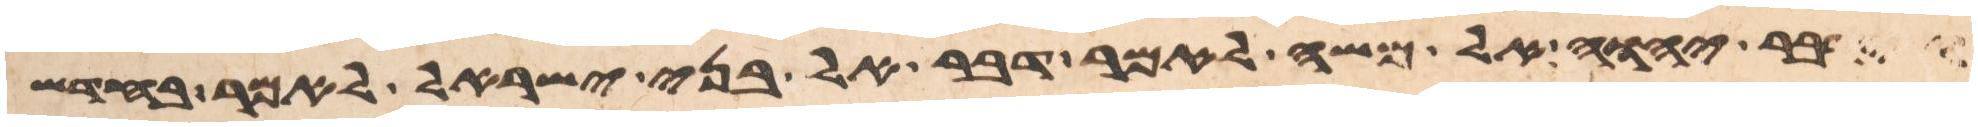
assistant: וידבר יהוה אל משה לאמר דבר אל בני ישראל לאמר בחדש